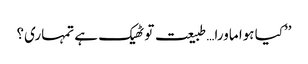
’’کیا ہوا ماورا…طبیعت تو ٹھیک ہے تمہاری؟